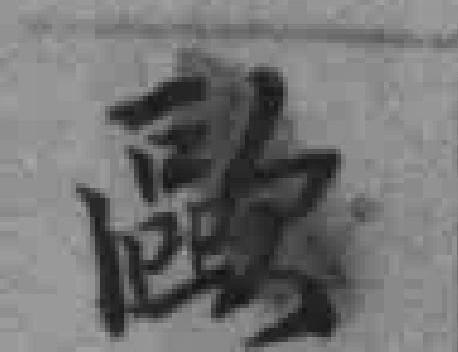
歐